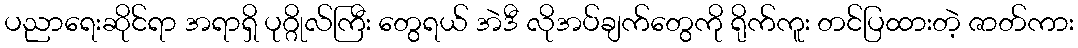
ပညာရေးဆိုင်ရာ အရာရှိ ပုဂ္ဂိုလ်ကြီး တွေရယ် အဲဒီ လိုအပ်ချက်တွေကို ရိုက်ကူး တင်ပြထားတဲ့ ဇာတ်ကား